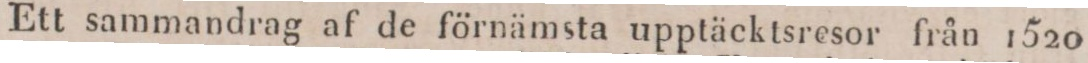
Ett sammandrag af de förnämsta upptäcktsresor från 1520